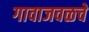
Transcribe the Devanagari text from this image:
गावाजवळचे